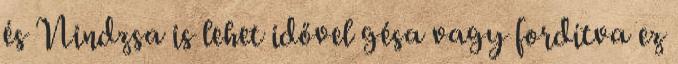
és Nindzsa is lehet idővel gésa vagy fordítva ez